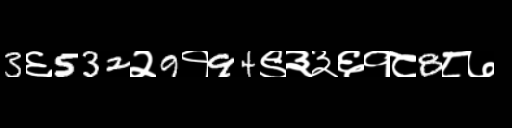
Text: 3६532२9१94९३३६१८8८७